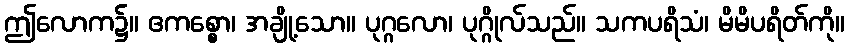
ဤလောက၌။ ဧကစ္စော၊ အချို့သော။ ပုဂ္ဂလော၊ ပုဂ္ဂိုလ်သည်။ သကပရိသံ၊ မိမိပရိတ်ကို။